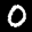
Label: 0